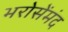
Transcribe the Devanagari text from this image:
भरोसेंमंद